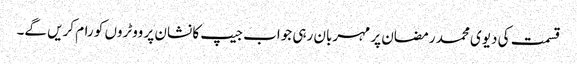
قسمت کی دیوی محمد رمضان پر مہربان رہی جواب جیپ کا نشان پر ووٹروں کو رام کریں گے۔